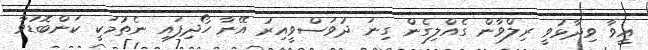
އީވާ ވިދާޅުވީ ރިލްވާން ގެއްލިގެން ގިނަ ދުވަސްވީއިރު އޭނާ ހޯދިފައި ނެތުމަކީ ކަންބޮޑުވާ